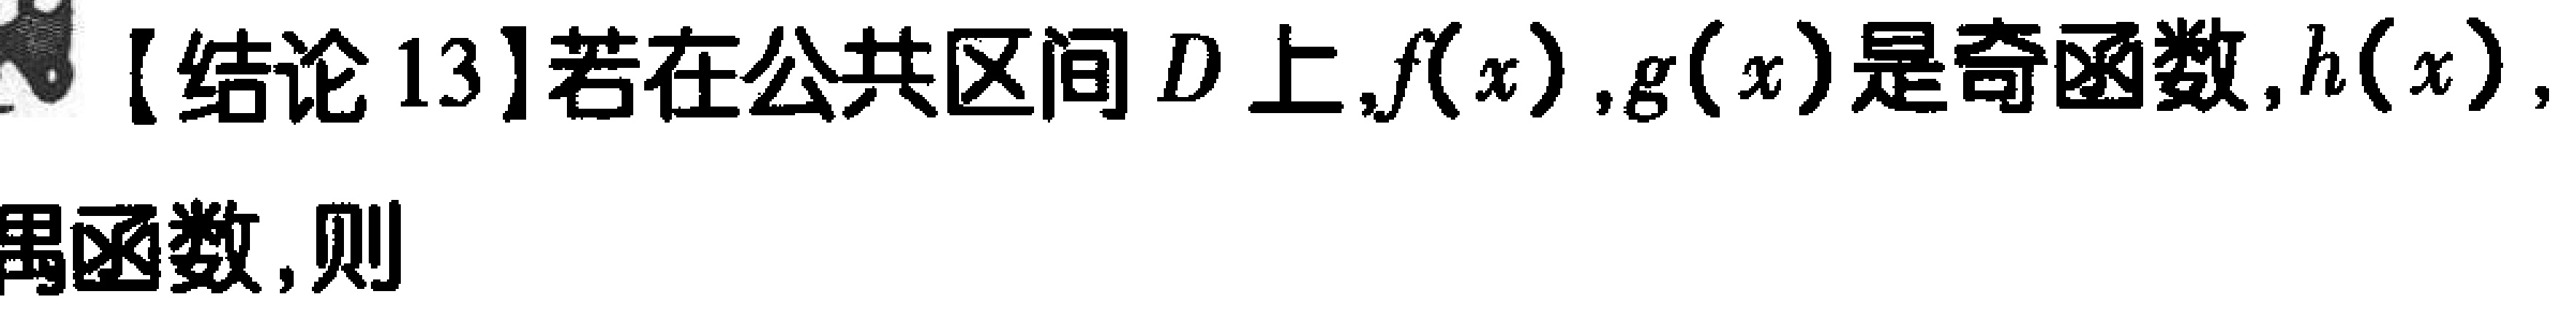
【结论 13】若在公共区间 \(D\) 上,\(f(x)\),\(g(x)\) 是奇函数,\(h(x)\),偶函数,则